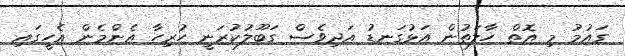
ގައުމު މި އޮތް ހާލަތުން އަޅުގަނޑު އަދިވެސް ގަބޫލުކުރަނީ ހުރިހާ އެންމެން އެހީގައި